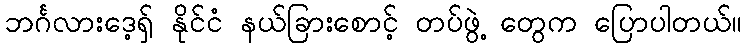
ဘင်္ဂလားဒေ့ရှ် နိုင်ငံ နယ်ခြားစောင့် တပ်ဖွဲ့ တွေက ပြောပါတယ်။